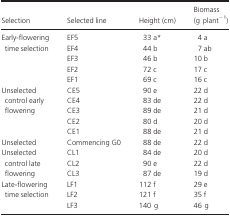
<table><thead><tr><td><b>Selection</b></td><td><b>Selected line</b></td><td><b>Height (cm)</b></td><td><b>Biomass (g plant<sup>−1</sup>)</b></td></tr></thead><tbody><tr><td rowspan="5">Early‐flowering time selection</td><td>EF5</td><td>33 aa</td><td>4 a</td></tr><tr><td>EF4</td><td>44 b</td><td>7 ab</td></tr><tr><td>EF3</td><td>46 b</td><td>10 b</td></tr><tr><td>EF2</td><td>72 c</td><td>17 c</td></tr><tr><td>EF1</td><td>69 c</td><td>16 c</td></tr><tr><td rowspan="5">Unselected control early flowering</td><td>CE5</td><td>90 e</td><td>22 d</td></tr><tr><td>CE4</td><td>83 de</td><td>22 d</td></tr><tr><td>CE3</td><td>89 de</td><td>21 d</td></tr><tr><td>CE2</td><td>80 d</td><td>20 d</td></tr><tr><td>CE1</td><td>88 de</td><td>21 d</td></tr><tr><td>Unselected</td><td>Commencing G0</td><td>88 de</td><td>22 d</td></tr><tr><td rowspan="3">Unselected control late flowering</td><td>CL1</td><td>84 de</td><td>20 d</td></tr><tr><td>CL2</td><td>90 e</td><td>22 d</td></tr><tr><td>CL3</td><td>87 de</td><td>19 d</td></tr><tr><td rowspan="3">Late‐flowering time selection</td><td>LF1</td><td>112 f</td><td>29 e</td></tr><tr><td>LF2</td><td>121 f</td><td>35 f</td></tr><tr><td>LF3</td><td>140 g</td><td>46 g</td></tr></tbody></table>